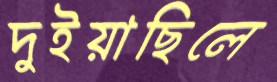
দুইয়াছিলে